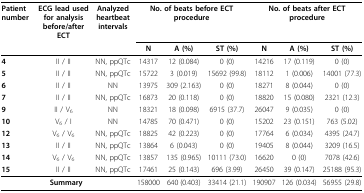
<table><thead><tr><td><b>Patient number</b></td><td><b>ECG lead used for analysis before/after ECT</b></td><td><b>Analyzedheartbeat intervals</b></td><td colspan="3"><b>No. of beats before ECT procedure</b></td><td colspan="3"><b>No. of beats after ECT procedure</b></td></tr><tr><td></td><td></td><td></td><td><b>N</b></td><td><b>A (%)</b></td><td><b>ST (%)</b></td><td><b>N</b></td><td><b>A (%)</b></td><td><b>ST (%)</b></td></tr></thead><tbody><tr><td><b>4</b></td><td>II / II</td><td>NN, ppQTc</td><td>14317</td><td>12 (0.084)</td><td>0 (0)</td><td>14216</td><td>17 (0.119)</td><td>0 (0)</td></tr><tr><td><b>5</b></td><td>II / II</td><td>NN, ppQTc</td><td>15722</td><td>3 (0.019)</td><td>15692 (99.8)</td><td>18112</td><td>1 (0.006)</td><td>14001 (77.3)</td></tr><tr><td><b>6</b></td><td>II / II</td><td>NN</td><td>13975</td><td>309 (2.163)</td><td>0 (0)</td><td>18271</td><td>8 (0.044)</td><td>0 (0)</td></tr><tr><td><b>7</b></td><td>II / II</td><td>NN, ppQTc</td><td>16873</td><td>20 (0.118)</td><td>0 (0)</td><td>18820</td><td>15 (0.080)</td><td>2321 (12.3)</td></tr><tr><td><b>9</b></td><td>II / V<sub>6</sub></td><td>NN</td><td>18321</td><td>18 (0.098)</td><td>6915 (37.7)</td><td>26047</td><td>9 (0.035)</td><td>0 (0)</td></tr><tr><td><b>10</b></td><td>V<sub>6 </sub>/ I</td><td>NN</td><td>14785</td><td>70 (0.471)</td><td>0 (0)</td><td>15202</td><td>23 (0.151)</td><td>763 (5.02)</td></tr><tr><td><b>12</b></td><td>V<sub>6 </sub>/ V<sub>6</sub></td><td>NN, ppQTc</td><td>18825</td><td>42 (0.223)</td><td>0 (0)</td><td>17764</td><td>6 (0.034)</td><td>4395 (24.7)</td></tr><tr><td><b>13</b></td><td>II / II</td><td>NN, ppQTc</td><td>13864</td><td>6 (0.043)</td><td>0 (0)</td><td>19405</td><td>8 (0.044)</td><td>3209 (16.5)</td></tr><tr><td><b>14</b></td><td>V<sub>6 </sub>/ V<sub>6</sub></td><td>NN, ppQTc</td><td>13857</td><td>135 (0.965)</td><td>10111 (73.0)</td><td>16620</td><td>0 (0)</td><td>7078 (42.6)</td></tr><tr><td><b>15</b></td><td>II / II</td><td>NN, ppQTc</td><td>17461</td><td>25 (0.143)</td><td>696 (3.99)</td><td>26450</td><td>39 (0.147)</td><td>25188 (95.3)</td></tr><tr><td colspan="3"><b>Summary</b></td><td>158000</td><td>640 (0.403)</td><td>33414 (21.1)</td><td>190907</td><td>126 (0.034)</td><td>56955 (29.8)</td></tr></tbody></table>